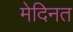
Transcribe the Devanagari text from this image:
मेदिनत